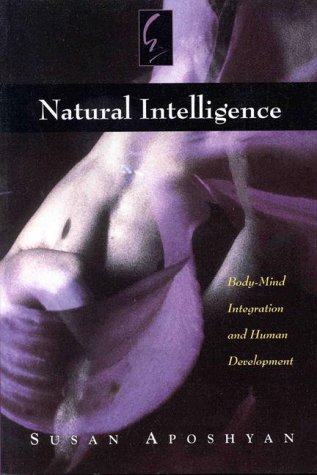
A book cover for Natural Intelligence: Body-Mind Integration and Human Development; Susan Aposhyan; Health, Fitness & Dieting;